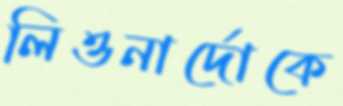
লিওনার্দোকে